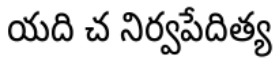
యది చ నిర్వపేదిత్య